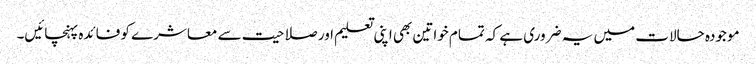
موجودہ حالات میں یہ ضروری ہے کہ تمام خواتین بھی اپنی تعلیم اور صلاحیت سے معاشرے کو فائدہ پہنچائیں۔